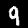
Label: 9